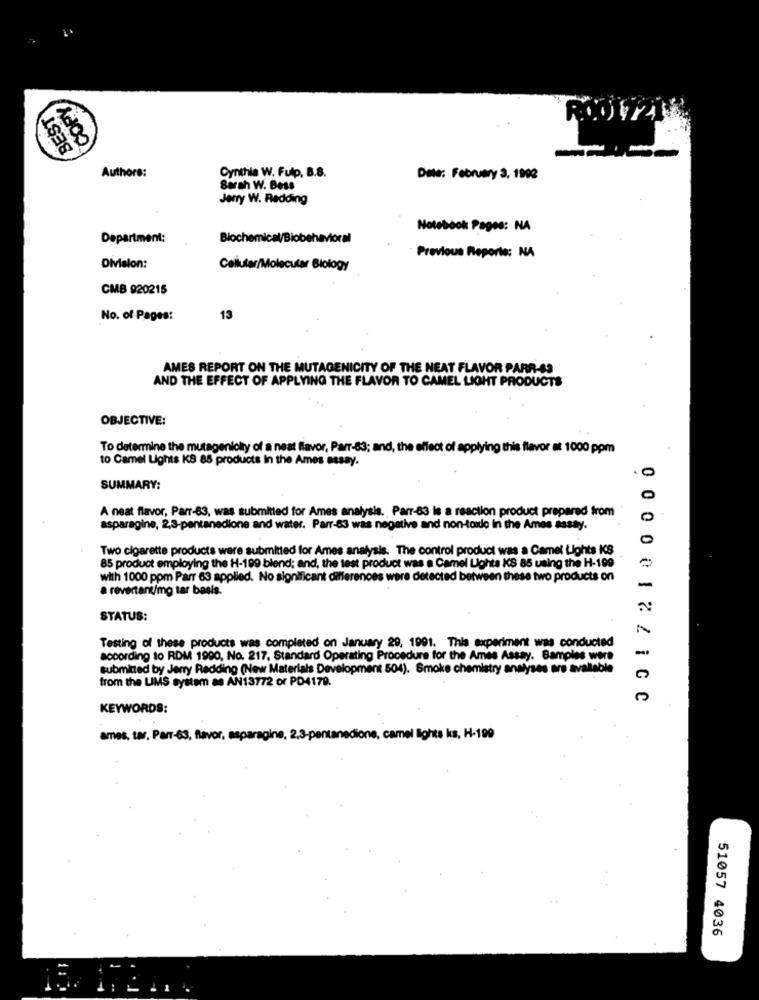
COPY
BEST
ROOM721
-
Authors:
Cynthia W. Fuip, B.S.
Date: February 3, 1992
Sarah W. Bess
Jerry W. Redding
Notebook Pages: NA
Department:
Biochemical/Biobehavioral
Previous Reports: NA
Division:
Cellular/Molecular Biology
CMB 920215
No. of Pages:
13
AMES REPORT ON THE MUTAGENICITY OF THE NEAT FLAVOR PARR-SS
AND THE EFFECT OF APPLYING THE FLAVOR TO CAMEL LIGHT PRODUCTS
OBJECTIVE:
To determine the mutageniclty of a neat flavor, Parr-83; and, the effect of applying this flavor at 1000 ppm
to Camel Lights KS 85 products In the Ames assay.
SUMMARY:
A neat flavor, Parr-83, was submitted for Ames analysis. Parr-83 is a reaction product prepared from
asparagine, 2,3-pentanedione and water. Parr-83 was negative and non-toxic in the Ames assay.
Two cigarette products were submitted for Ames analysis. The control product was a Camel Lights KS
85 product employing the H-199 blend; and, the test product was a Camel Lights KS 85 using the H-199
with 1000 ppm Parr 63 applied. No significant differences were detected between these two products on
a revertant/mg tar besis.
STATUS:
Testing of these products was completed on January 29, 1991. This experiment was conducted
according to RDM 1990, No. 217, Standard Operating Procedure for the Ames Assay. Samples were
submitted by Jerry Redding (New Materials Development 504). Smoke chemistry analyses are available
from the LIMS system as AN13772 or PD4179.
0 00001ZZICC
KEYWORDS:
ames, tar, Parr-63, flavor, asparagine, 2,3-pentanedione, camel lights ks, H-199
51057 4036